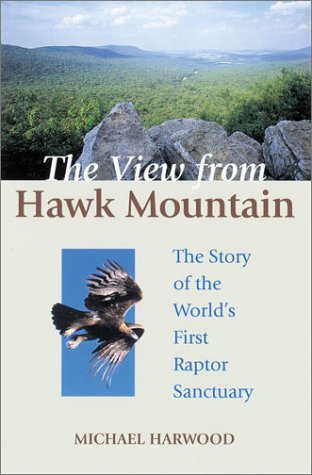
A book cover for View From Hawk Mountain, The; Michael Harwood; Travel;